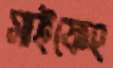
সাইফেং